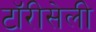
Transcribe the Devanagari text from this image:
टॉरीसेली